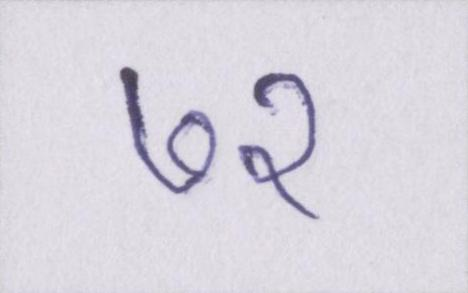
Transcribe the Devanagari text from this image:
७२